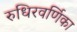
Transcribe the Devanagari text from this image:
रुधिरवर्णिका